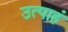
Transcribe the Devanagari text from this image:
उत्पाहं